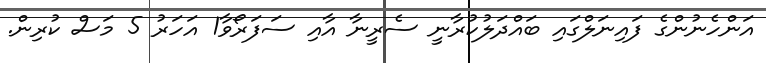
އަންހެނުންގެ ފައިނަލްގައި ބައްދަލުކުރާނީ ސެރީނާ އާއި ސަފަރޯވާ1 އަހަރު 5 މަސް ކުރިން.